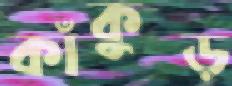
কাঁকুড়